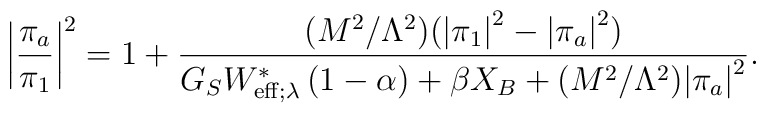
\bigg| \frac{\pi_a}{\pi_1} \bigg|^2 = 1 + \frac{(M^2/\Lambda^2)(\big| \pi_1\big|^2-\big| \pi_a\big|^2)} {G_SW_{{\rm eff};\lambda}^\ast \left( 1-\alpha \right)+\beta X_B +(M^2/\Lambda^2)\big| \pi_a\big|^2}.